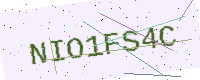
Text: NIO1FS4C